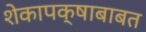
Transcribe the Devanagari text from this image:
शेकापक्षाबाबत